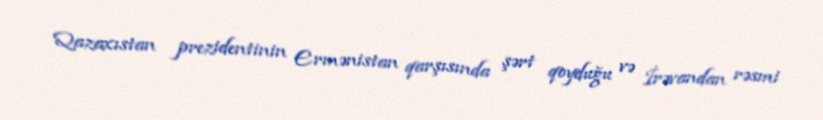
Qazaxıstan prezidentinin Ermənistan qarşısında şərt qoyduğu və İrəvandan rəsmi